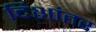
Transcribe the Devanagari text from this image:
दिशांतर